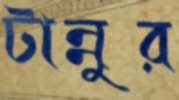
টান্নুর